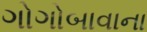
ગોગોબાવાના